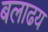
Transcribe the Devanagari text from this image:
बलाढय